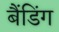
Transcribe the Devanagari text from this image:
बैंडिंग